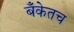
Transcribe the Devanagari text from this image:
बँकेतच